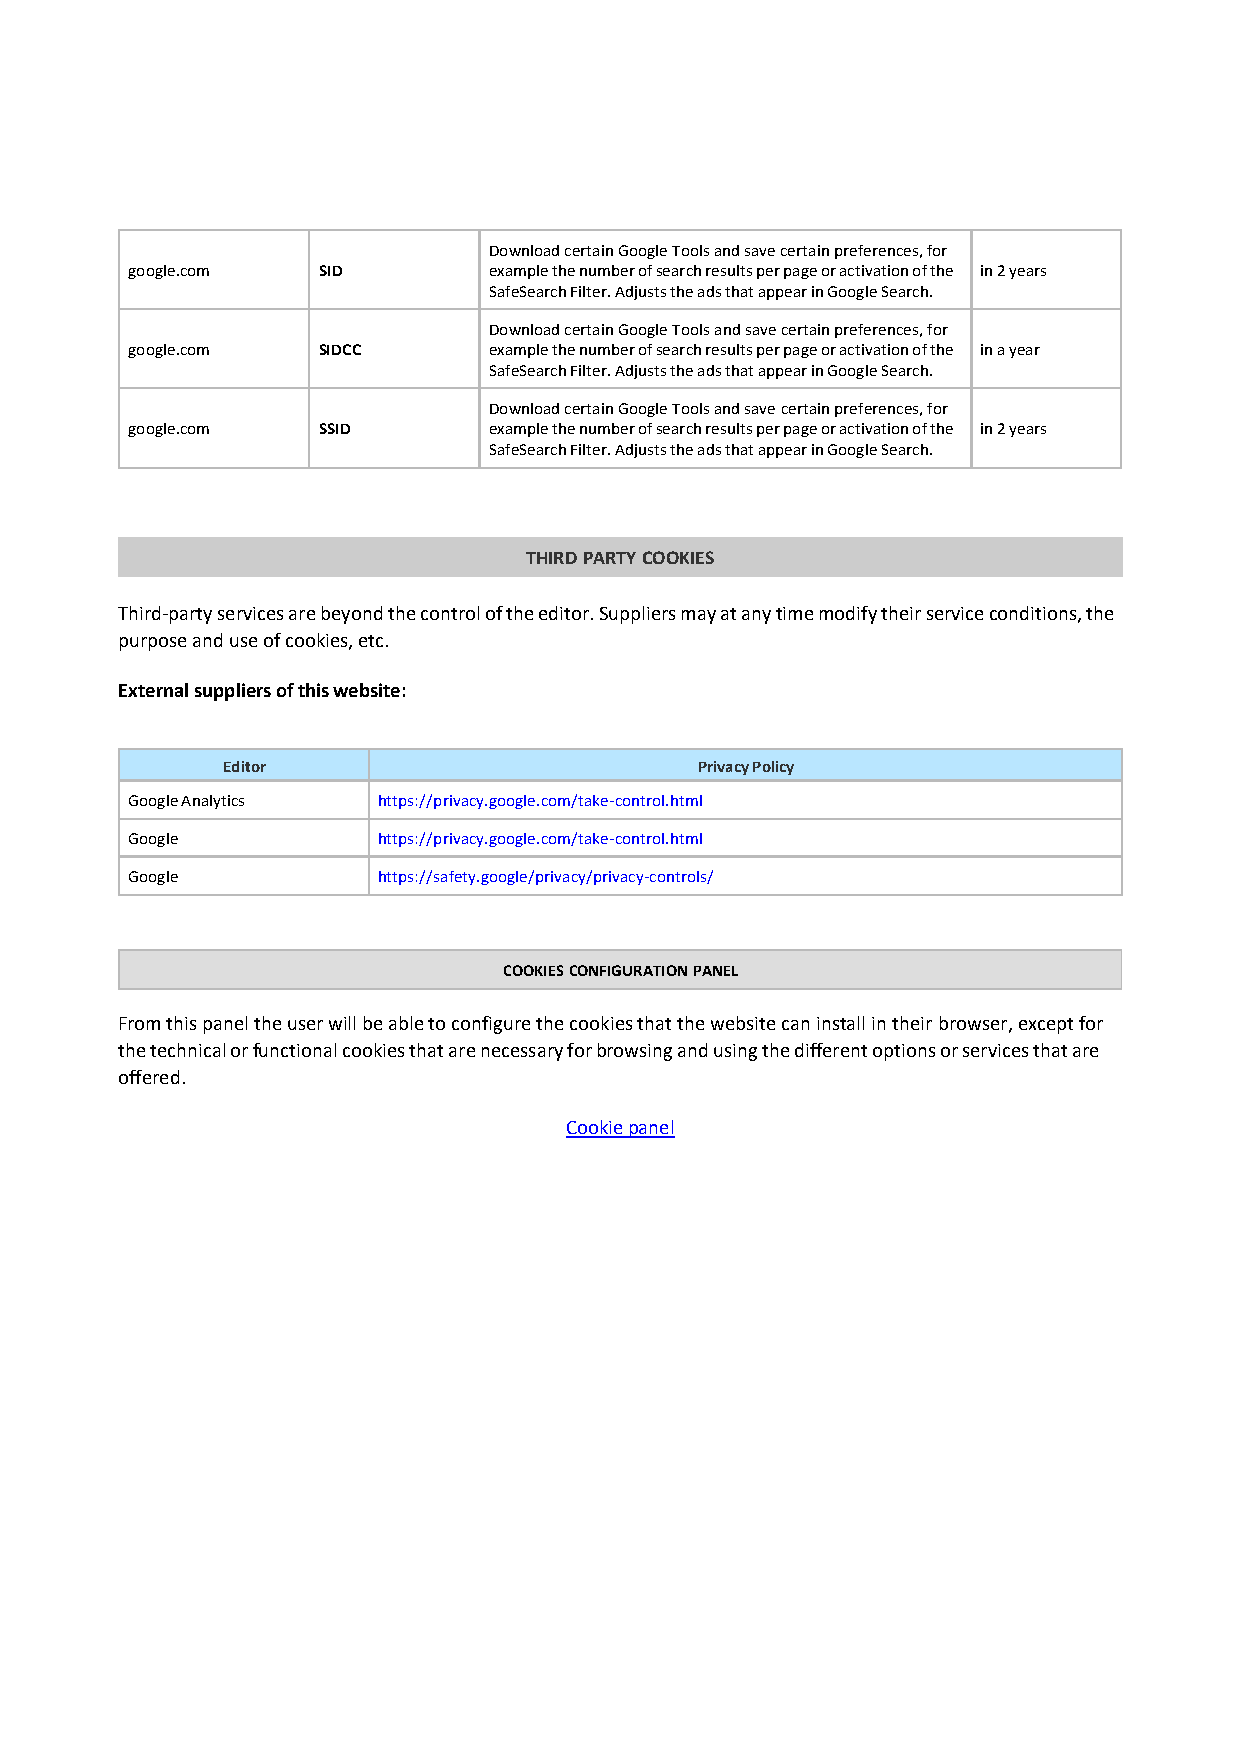
Download certain Google Tools and save certain preferences, for
 google.com   SID        example the number of search results per page or activation of the in 2 years
 SafeSearch Filter. Adjusts the ads that appear in Google Search.
 Download certain Google Tools and save certain preferences, for
 google.com   SIDCC      example the number of search results per page or activation of the in a year
 SafeSearch Filter. Adjusts the ads that appear in Google Search.
 Download certain Google Tools and save certain preferences, for
 google.com   SSID       example the number of search results per page or activation of the in 2 years
 SafeSearch Filter. Adjusts the ads that appear in Google Search.
 THIRD PARTY COOKIES
 Third-party services are beyond the control of the editor. Suppliers may at any time modify their service conditions, the
 purpose and use of cookies, etc.
 External suppliers of this website:
 Editor                         Privacy Policy
 Google Analytics https://privacy.google.com/take-control.html
 Google           https://privacy.google.com/take-control.html
 Google           https://safety.google/privacy/privacy-controls/
 COOKIES CONFIGURATION PANEL
 From this panel the user will be able to configure the cookies that the website can install in their browser, except for
 the technical or functional cookies that are necessary for browsing and using the different options or services that are
 offered.
 Cookie panel